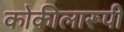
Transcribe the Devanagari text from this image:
कोकीलारूपी